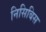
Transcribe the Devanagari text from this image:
निसिबिस